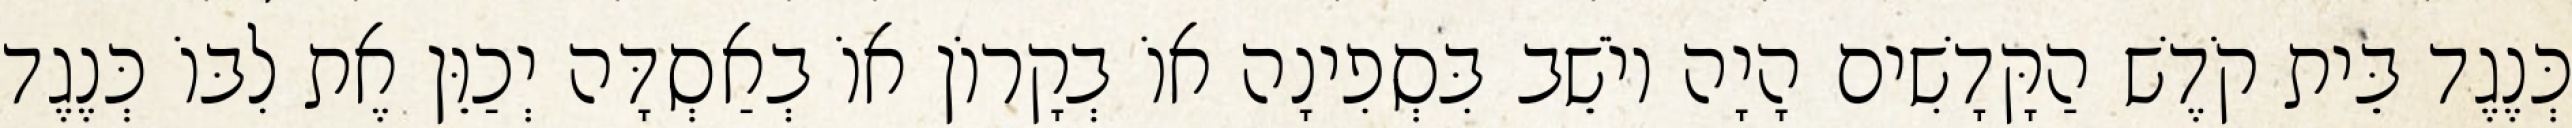
כְּנֶגֶד בֵּית קֹדֶשׁ הַקָּדָשִׁים הָיָה יוֹשֵׁב בִּסְפִינָה אוֹ בְקָרוֹן אוֹ בְאַסְדָּה יְכַוֵּן אֶת לִבּוֹ כְּנֶגֶד